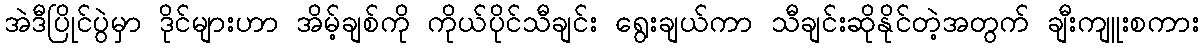
အဲဒီပြိုင်ပွဲမှာ ဒိုင်များဟာ အိမ့်ချစ်ကို ကိုယ်ပိုင်သီချင်း ရွေးချယ်ကာ သီချင်းဆိုနိုင်တဲ့အတွက် ချီးကျူးစကား